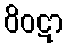
ဝိဝဋာ